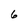
Character: 6